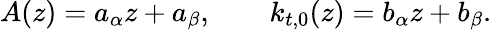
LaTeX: A(z)=a_{\alpha}z+a_{\beta},\qquad k_{t,0}(z)=b_{\alpha}z+b_{\beta}.